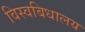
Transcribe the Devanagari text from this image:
विस्वबिधालय